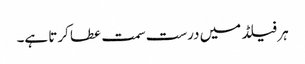
ہر فیلڈ میں درست سمت عطا کرتا ہے۔